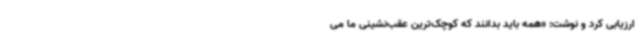
ارزیابی کرد و نوشت: «همه باید بدانند که کوچک‌ترین عقب‌نشینی ما می